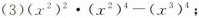
(3)$$(x^{2})^{2}\cdot (x^{2})^{4}-(x^{3})^{4}$$;